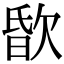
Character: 𣣏